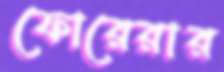
ফোরেরার